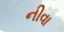
નીવા